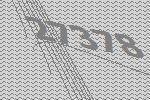
27378